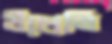
উপ্রেতি